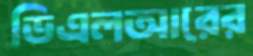
ডিএলআরের